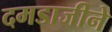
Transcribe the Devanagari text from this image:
दमडाजीने